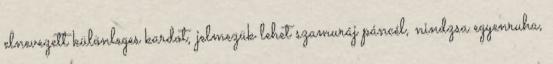
elnevezett különleges kardot, jelmezük lehet szamuráj páncél, nindzsa egyenruha,